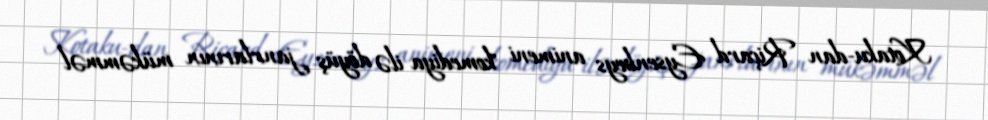
Kotaku-dan Riçard Eysenbeys animeni "komediya ilə döyüş janrlarının mükəmməl